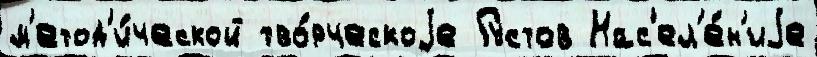
м'етод'и́ческой тво́рческоjе Густов Нас'ел'е́н'иjе